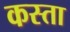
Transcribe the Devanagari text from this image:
कस्ता